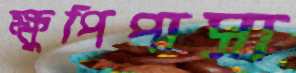
ক্ষুপিপাসা